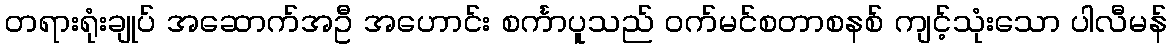
တရားရုံးချုပ် အဆောက်အဦ အဟောင်း စင်္ကာပူသည် ဝက်မင်စတာစနစ် ကျင့်သုံးသော ပါလီမန်